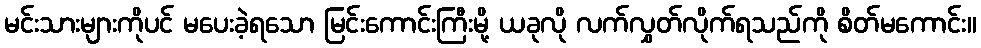
မင်းသားများကိုပင် မပေးခဲ့ရသော မြင်းကောင်းကြီးမို့ ယခုလို လက်လွှတ်လိုက်ရသည်ကို စိတ်မကောင်း။